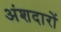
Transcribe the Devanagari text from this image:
अंशदारों